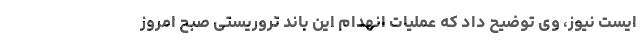
ایست نیوز، وی توضیح داد که عملیات انهدام این باند تروریستی صبح امروز